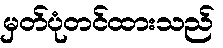
မှတ်ပုံတင်ထားသည်